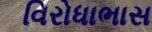
વિરોધાભાસ